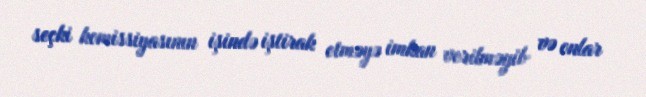
seçki komissiyasının işində iştirak etməyə imkan verilməyib və onlar